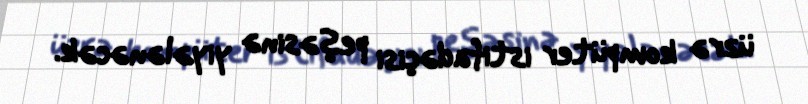
üzrə kompüter istifadəçisi peşəsinə yiyələnəcək.